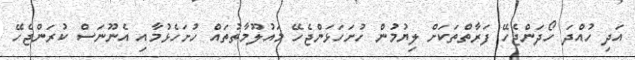
އަދި ހުއްދަ ހޯދަންޖެހޭ ފަރާތްތަކަށް ލިޔުމުން ހުށަހަޅަންޖެހޭ މައުލޫމާތުތައް ހުށަހެޅުމާއި އެނޫނަސް ކުރަންޖެހޭ